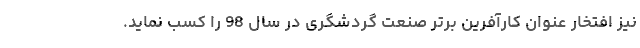
نیز افتخار عنوان کارآفرین برتر صنعت گردشگری در سال 98 را کسب نماید.